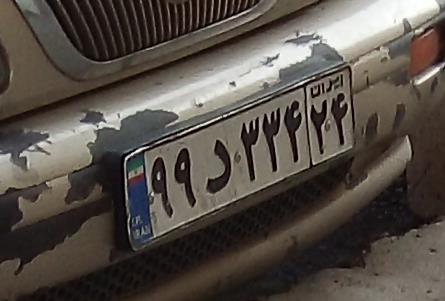
۹۹د۳۳۴۲۴